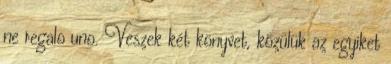
ne regalo uno. Veszek két könyvet, közülük az egyiket